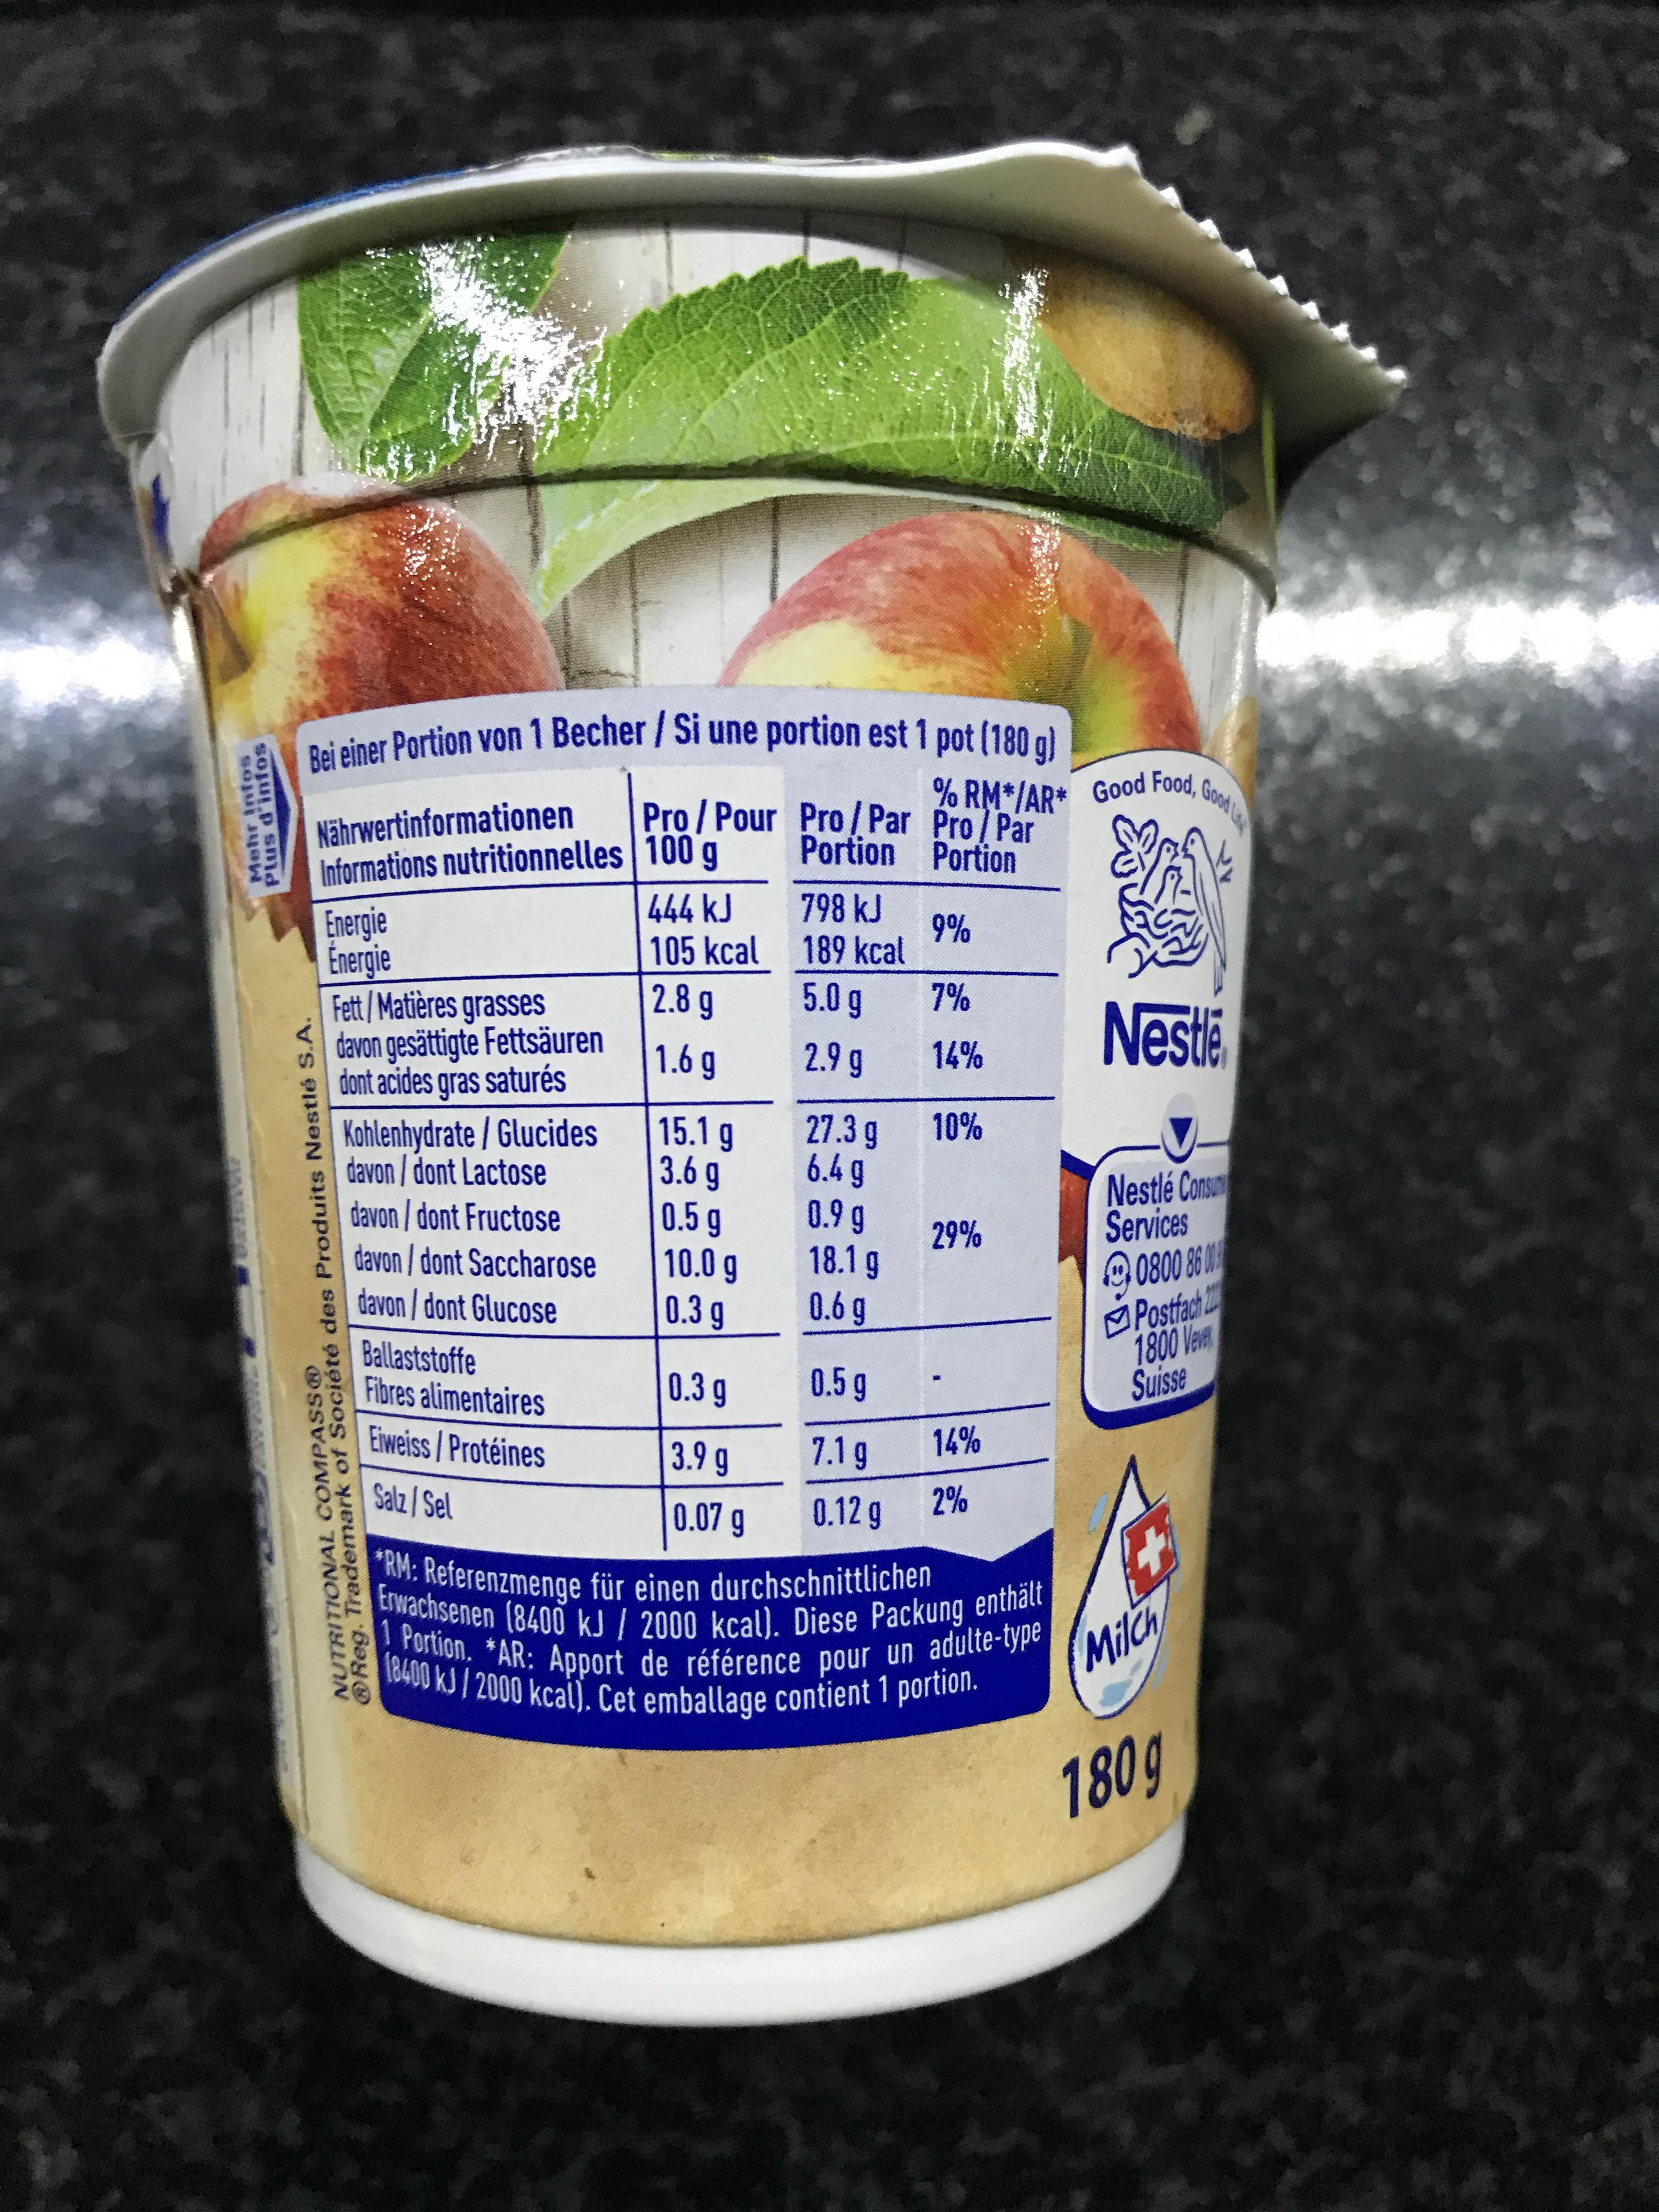
Mehr Infos
Plus d'infos
Bei einer Portion von 1 Becher / Si une portion est 1 pot (180 g)
@Reg. Trademark of Société des Produits Nestlé S.A.
NUTRITIONAL COMPASSO
Nährwertinformationen Informations nutritionnelles
Energie
Energie
Fett/Matières grasses davon gesättigte Fettsäuren dont acides gras saturés Kohlenhydrate / Glucides davon/dont Lactose davon/dont Fructose davon/dont Saccharose
davon/dont Glucose Ballaststoffe
Fibres alimentaires
Eiweiss / Protéines
Salz/Sel
Pro/Pour Pro/Par 100 g
Portion
444 kJ
105 kcal
2.8 g
1.6 g
15.1 g
3.6 g
0.5 g
10.0 g
0.3 g
0.3 g
3.9 g
0.07 g
798 kJ
189 kcal
5.0 g
2.9 g
27.3 g
6.4 g
0.9 g
18.1 g
0.6 g
% RM*/AR* Good Food, Good
Pro/Par Portion
9%
7%
14%
10%
29%
0.5 g
7.1 g
0.12 g 2%
14%
*RM: Referenzmenge für einen durchschnittlichen Erwachsenen (8400 kJ / 2000 kcal). Diese Packung enthält 1 Portion. *AR: Apport de référence pour un adulte-type 18400 kJ/2000 kcal). Cet emballage contient 1 portion.
Nestle
Nestlé Consu
Services
0800 8600
Postfach
1800 Vever
Suisse
Milch
180g